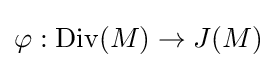
\varphi :\mathrm {Div} (M)\to J(M)